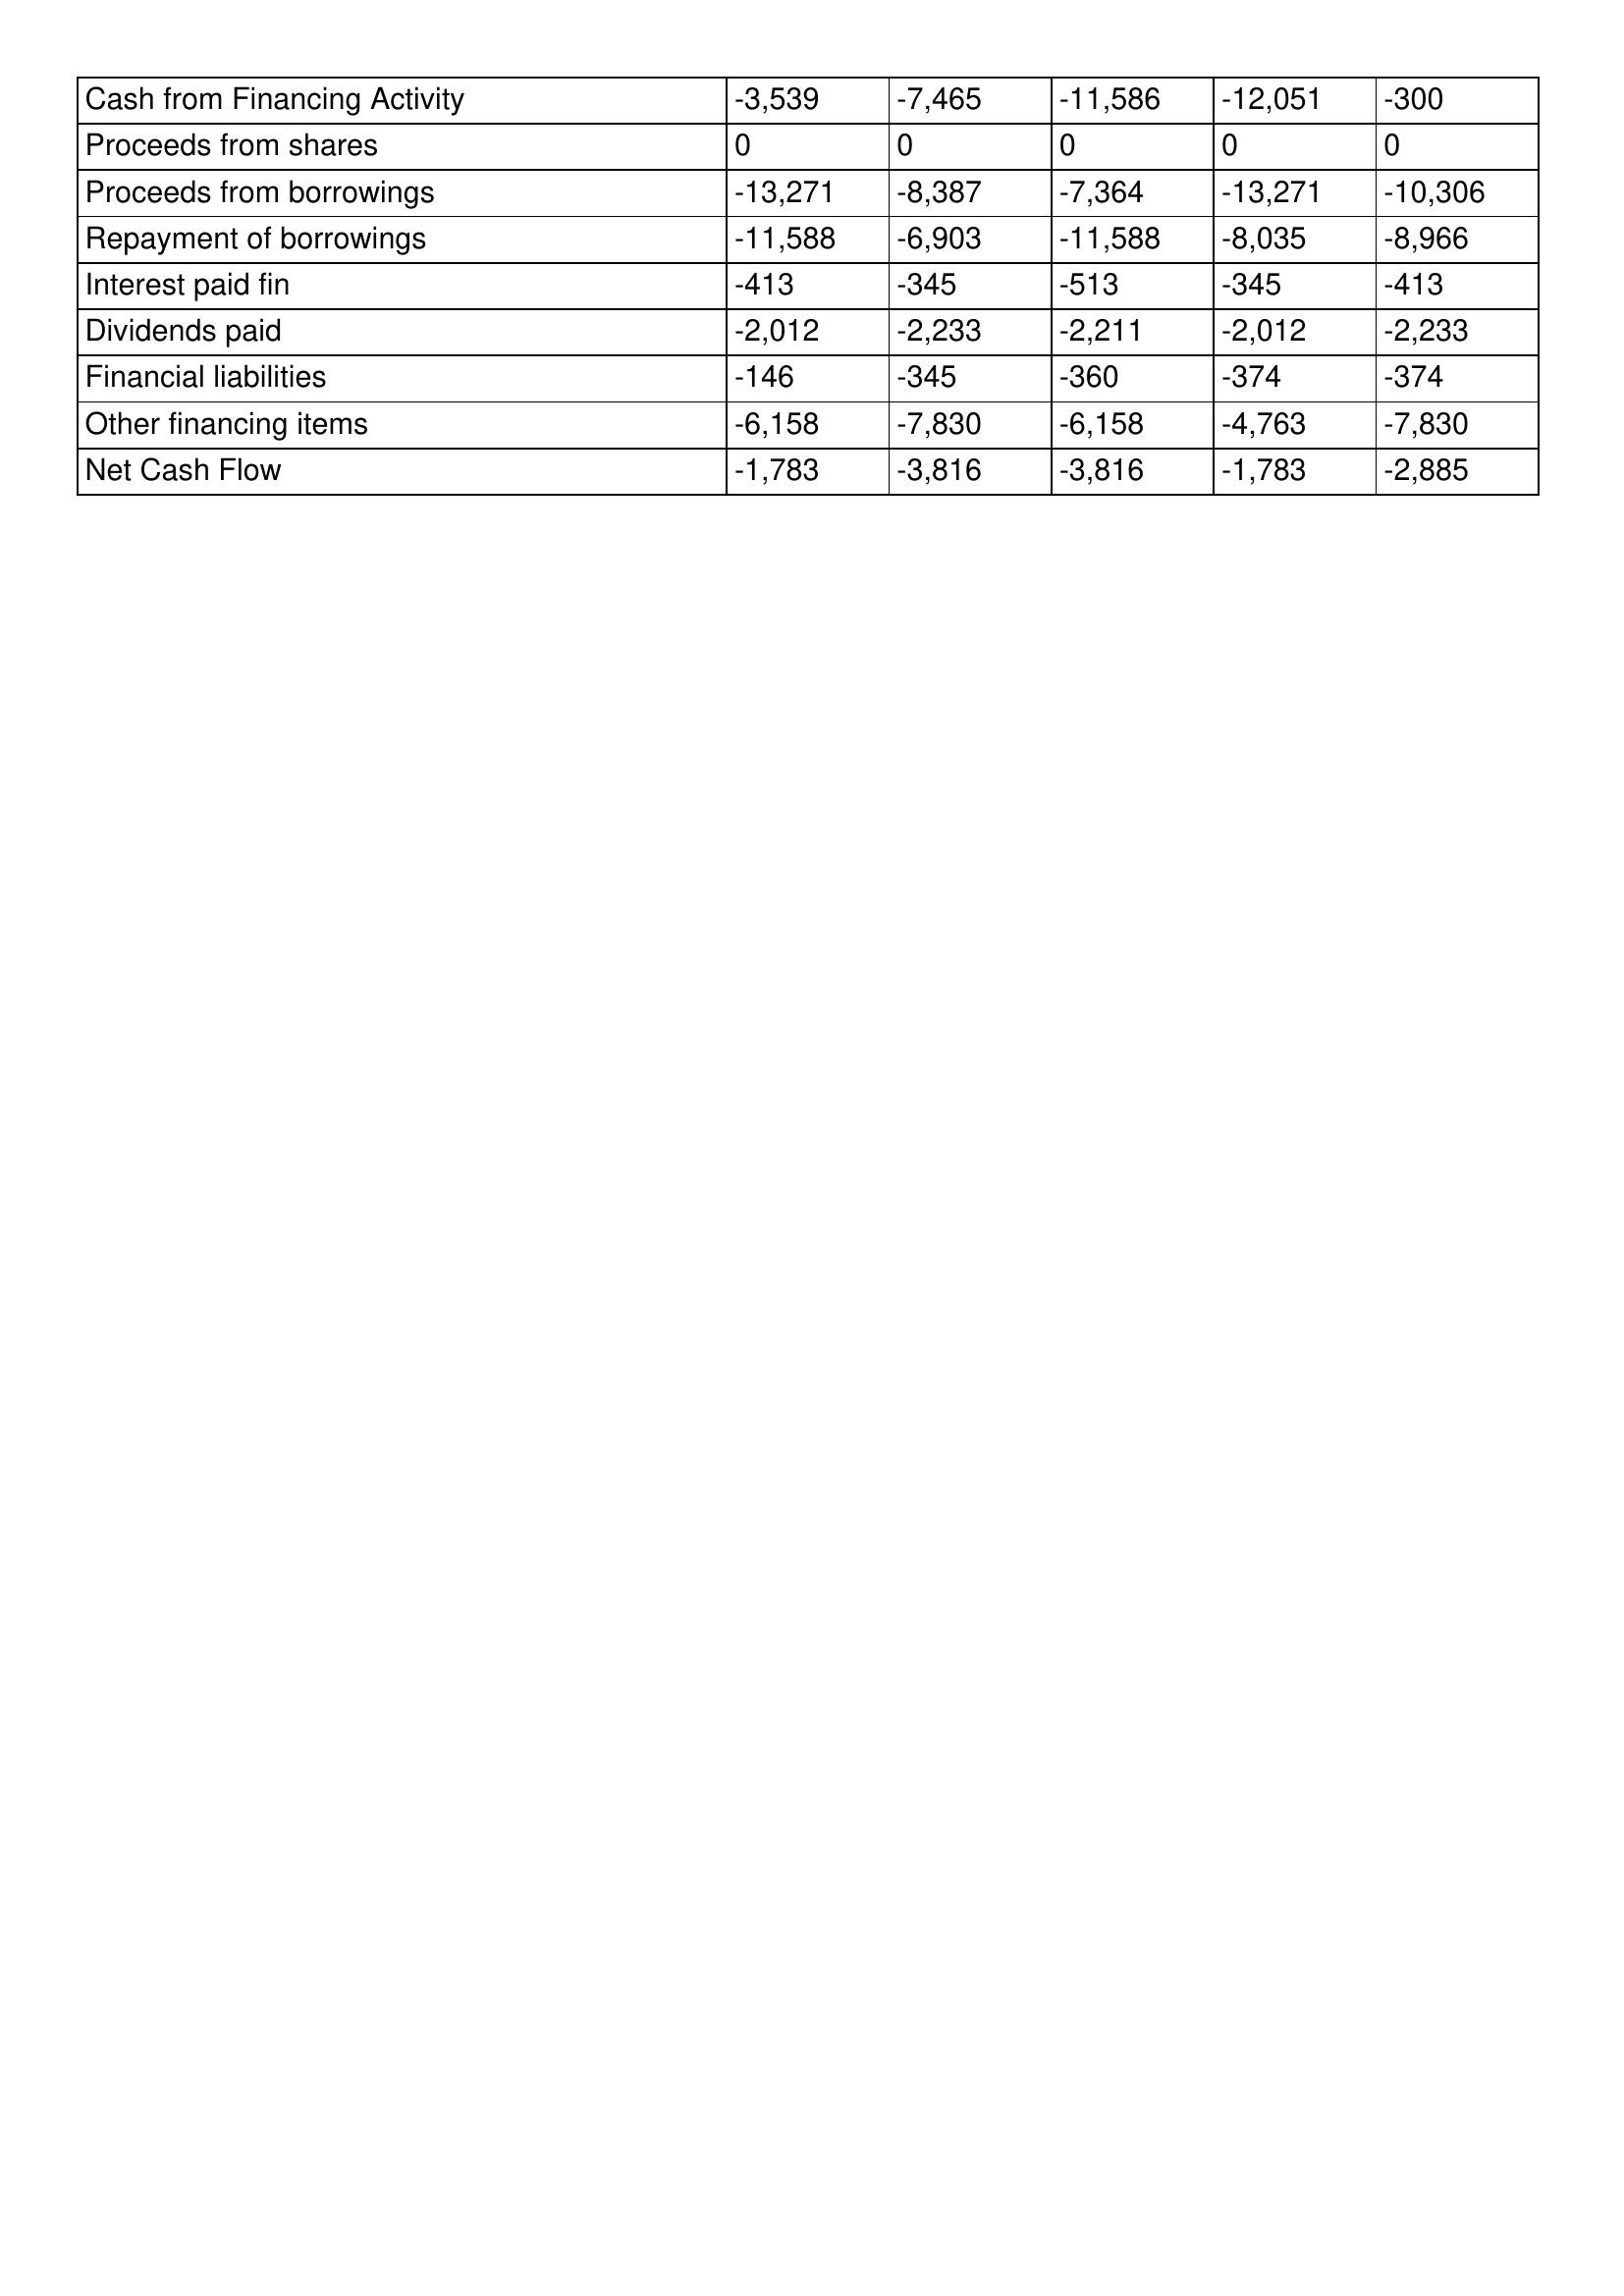
gt_parse: Apr-21: Cash Flows: Cash from Financing Activity: -3,539
Proceeds from shares: 0
Proceeds from borrowings: -13,271
Repayment of borrowings: -11,588
Interest paid fin: -413
Dividends paid: -2,012
Financial liabilities: -146
Other financing items: -6,158
Net Cash Flow: -1,783
Apr-20: Cash Flows: Cash from Financing Activity: -7,465
Proceeds from shares: 0
Proceeds from borrowings: -8,387
Repayment of borrowings: -6,903
Interest paid fin: -345
Dividends paid: -2,233
Financial liabilities: -345
Other financing items: -7,830
Net Cash Flow: -3,816
Apr-19: Cash Flows: Cash from Financing Activity: -11,586
Proceeds from shares: 0
Proceeds from borrowings: -7,364
Repayment of borrowings: -11,588
Interest paid fin: -513
Dividends paid: -2,211
Financial liabilities: -360
Other financing items: -6,158
Net Cash Flow: -3,816
Apr-18: Cash Flows: Cash from Financing Activity: -12,051
Proceeds from shares: 0
Proceeds from borrowings: -13,271
Repayment of borrowings: -8,035
Interest paid fin: -345
Dividends paid: -2,012
Financial liabilities: -374
Other financing items: -4,763
Net Cash Flow: -1,783
Apr-17: Cash Flows: Cash from Financing Activity: -300
Proceeds from shares: 0
Proceeds from borrowings: -10,306
Repayment of borrowings: -8,966
Interest paid fin: -413
Dividends paid: -2,233
Financial liabilities: -374
Other financing items: -7,830
Net Cash Flow: -2,885